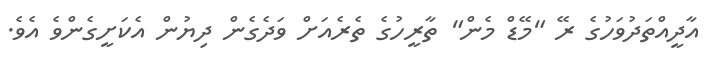
އާދީއްތަދުވަހުގެ ރޭ "މޭޑް މެން" ތާރީހުގެ ތެރެއަށް ވަދެގެން ދިޔުން އެކަށީގެންވެ އެވެ.